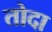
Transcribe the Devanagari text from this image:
तोदा